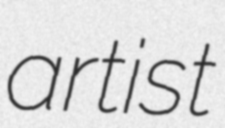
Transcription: artist